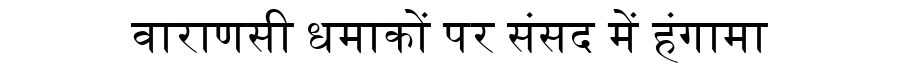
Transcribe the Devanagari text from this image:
वाराणसी धमाकों पर संसद में हंगामा